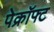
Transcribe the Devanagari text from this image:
पेक्रॉफ्ट